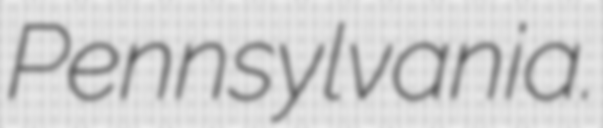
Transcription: Pennsylvania.